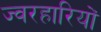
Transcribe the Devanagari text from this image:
ज्वरहारियों